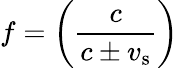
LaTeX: f=\left({\frac{c}{c\pm v_{\mathrm{s}}}}\right)